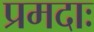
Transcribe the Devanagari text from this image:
प्रमदाः